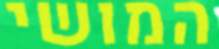
המושי